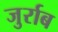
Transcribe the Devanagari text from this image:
जुर्राब